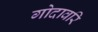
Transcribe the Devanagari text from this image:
गोदावरि